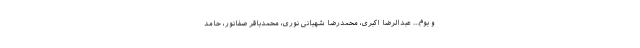
و بوم... عبدالرضا اکبری، محمدرضا شهبانی نوری، محمدباقر صفانور، حامد